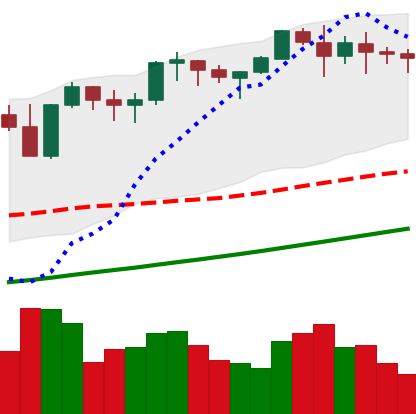
Ticker: ETH-USD
Chart end date: 2021-11-14
Forward return: -7.091%
Label: down_7plus